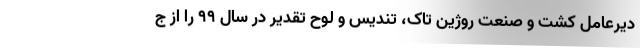
دیرعامل کشت و صنعت روژین تاک، تندیس و لوح تقدیر در سال ۹۹ را از ج